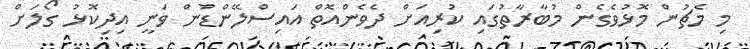
މި މެޗުން މޮޅުވެގެން މުބާރާތުގައި ކުރިއަށް ދެވެންއޮތް އައިސްލޭންޑުން ވަނީ އިދިކޮޅު ގޯލަށް